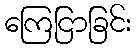
ကြေငြာခြင်း